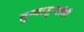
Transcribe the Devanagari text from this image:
तुऱ्यातुऱ्यांनी